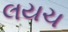
લયચ